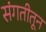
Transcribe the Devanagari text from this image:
संगतीतून